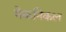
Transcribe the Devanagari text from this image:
मेकनिकल